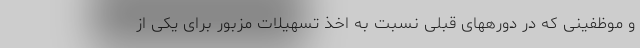
و موظفینی که در دورههای قبلی نسبت به اخذ تسهیلات مزبور برای یکی از